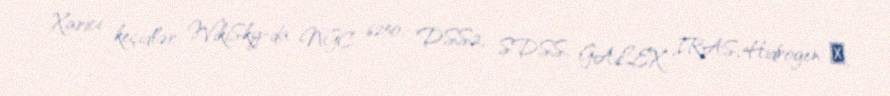
Xarici keçidlər WikiSky-da NGC 6250: DSS2, SDSS, GALEX, IRAS, Hidrogen α,